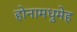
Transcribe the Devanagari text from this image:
होनामधुमेह